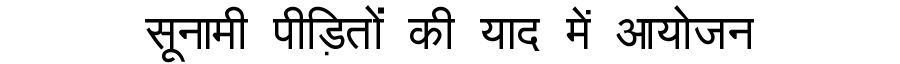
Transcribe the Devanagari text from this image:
सूनामी पीड़ितों की याद में आयोजन